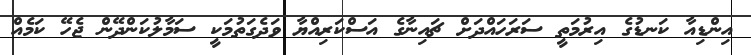
އިންޑިއާ ކަނޑުގެ އިރުމަތީ ސަރަހައްދަށް ޗައިނާގެ އަސްކަރިއްޔާ ވަދެގަތުމަކީ ސަމާލުކަންދޭން ޖެހޭ ކަމެއް